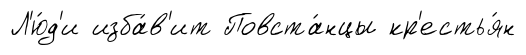
Л'ю́д'и изба́в'ит Повста́нцы кр'естья́н